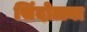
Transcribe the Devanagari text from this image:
सिंदोळ्या